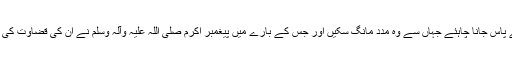
ایسے دوست کے پاس جانا چاہئے جہاں سے وہ مدد مانگ سکیں اور جس کے بارے میں پیغمبر اکرم صلی اللہ علیہ وآلہ وسلم نے اُن کی قضاوت کی تائید فرمائی ہو“۔